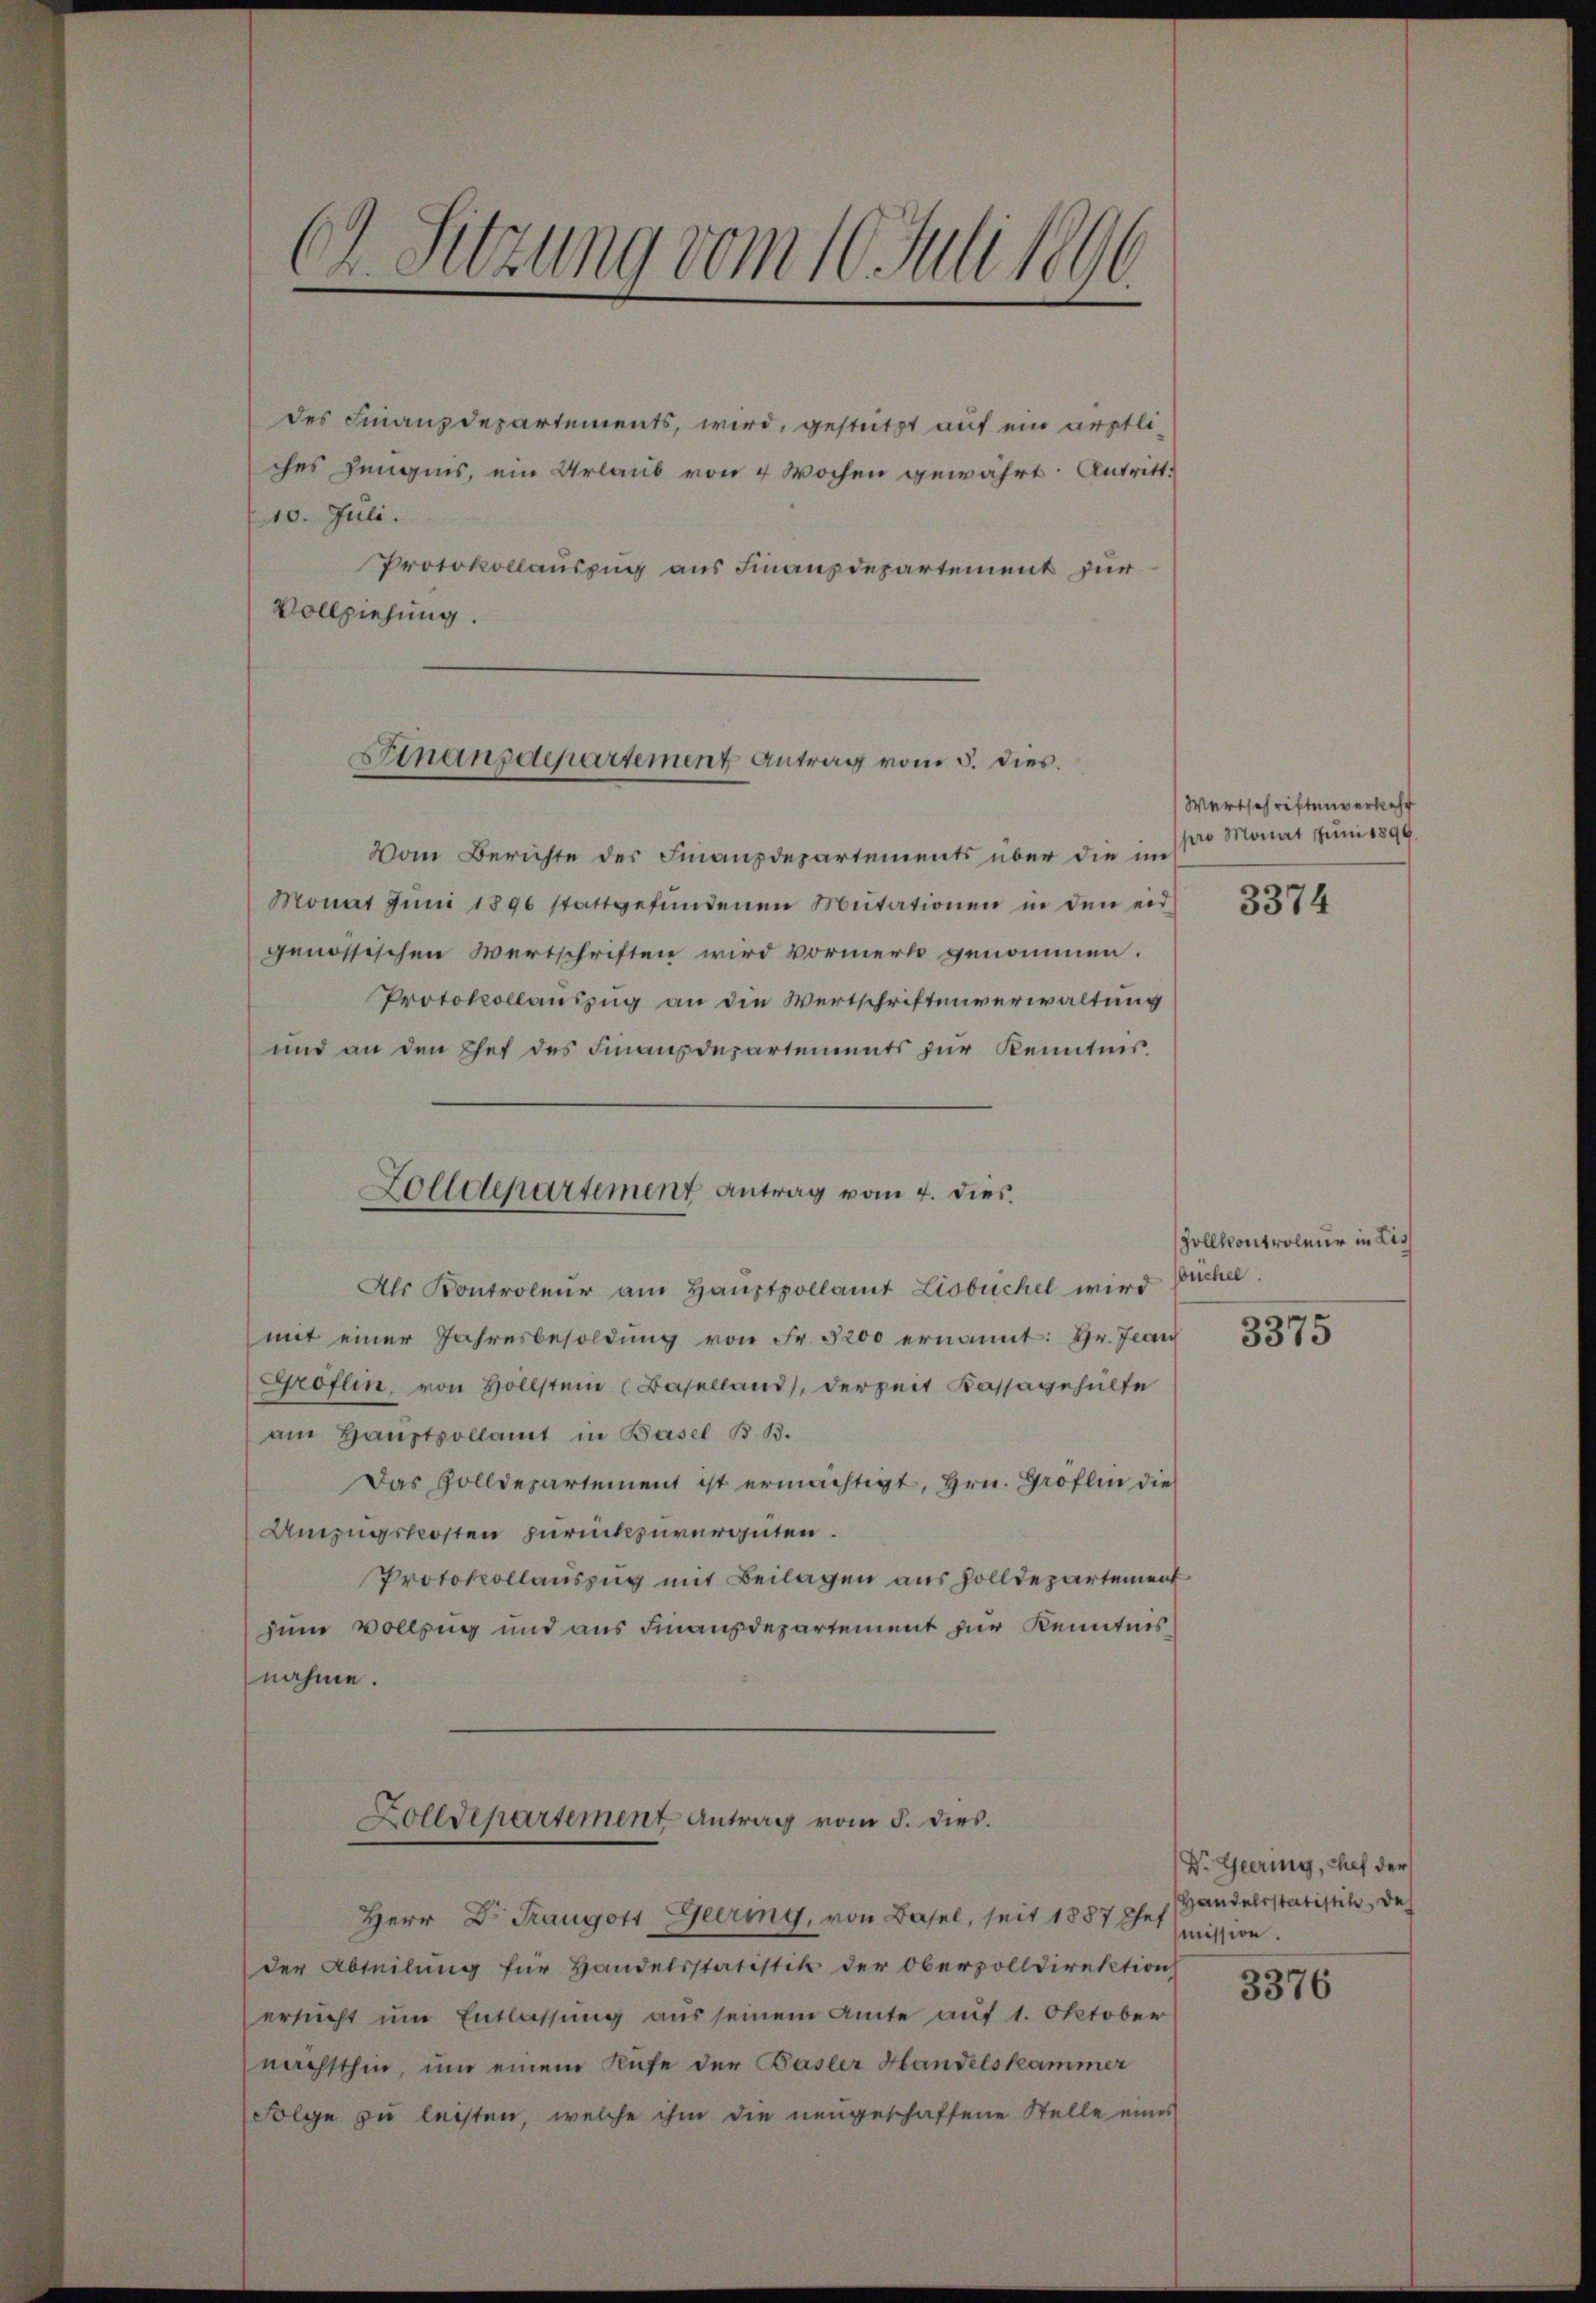
Ch. Sitzung vom 10. Juli 1896.

des Finanzdepartements, wird, gestützt auf ein ärztli-
ches Jüngnis, ein Urlaub von 4 Wochen gewährt: Antritt.
10. Juli.
Protokollauszug aus Finanzdepartement zur
Vollziehung.

Finanzdepartement Antrag vom 5. dies.

Zolldepartement Antrag vom 4. dies

Vom Berichte des Finanzdepartements über die im
Monat Juni 1890 stattgefŭndenen Mutationen in den erd
genössischen Wertschriften wird vormerk genommen.
Protokollauszug an die Wertschriftenverwaltung
und an den Ehet des Finanzdepartements zur Kenntnis.
Als Kontroleur am Hauptpollamt Lisbuchel wird Buchel.
mit einer Jahresbesoldŭng von Fr. 5200 ernannt: Hr. Jean
Groflin, von Hollstein (Baselland), derzeit Kassagehülfe
am Hauptvollamt in Basel B. B.
Das Golldepartement ist ermächtigt, Hrn. Groflin dies
Anzugskosten zurückzuvergüten.
Protokollauszug mit Beilagen aus Zolldepartement
zum Vollzug und aus Finanzdepartement zur Kenntnis
nahme.
Zolldepartement Antrag vom 5. dies
Herr Dr. Traugott Geering, von Basel, seit 1887 Chef
der Abteilung für Handelsstatistik der Oberzolldirektion
ersucht um Entlassung aus seinem Amte auf 1. Oktober
nächsthin, um einem Rufe der Basler Handelskammer
Folge zu leisten, welche ihm die neugeschaffene Stelle eines

Wertschriftenverkehr
pro Monat Juni 1899.

3374

Zollkontroleur in Lis

3375

Dr. Geering, Chef der
Handelsstatistik, de
mission.

3376